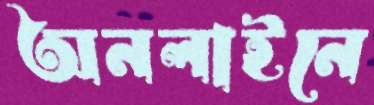
অনলাইনে